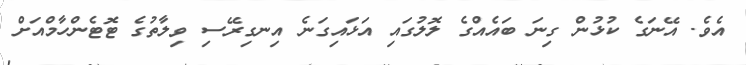
އެވެ. އޭނަގެ ކުޅުން ގިނަ ބައެއްގެ ލޮލުގައި އަޅައިގަނެ އިނގިރޭސި ވިލާތުގެ ޓޮޓެންހާމްއަށް